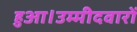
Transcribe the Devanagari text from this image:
हुआ।उम्मीदवारों